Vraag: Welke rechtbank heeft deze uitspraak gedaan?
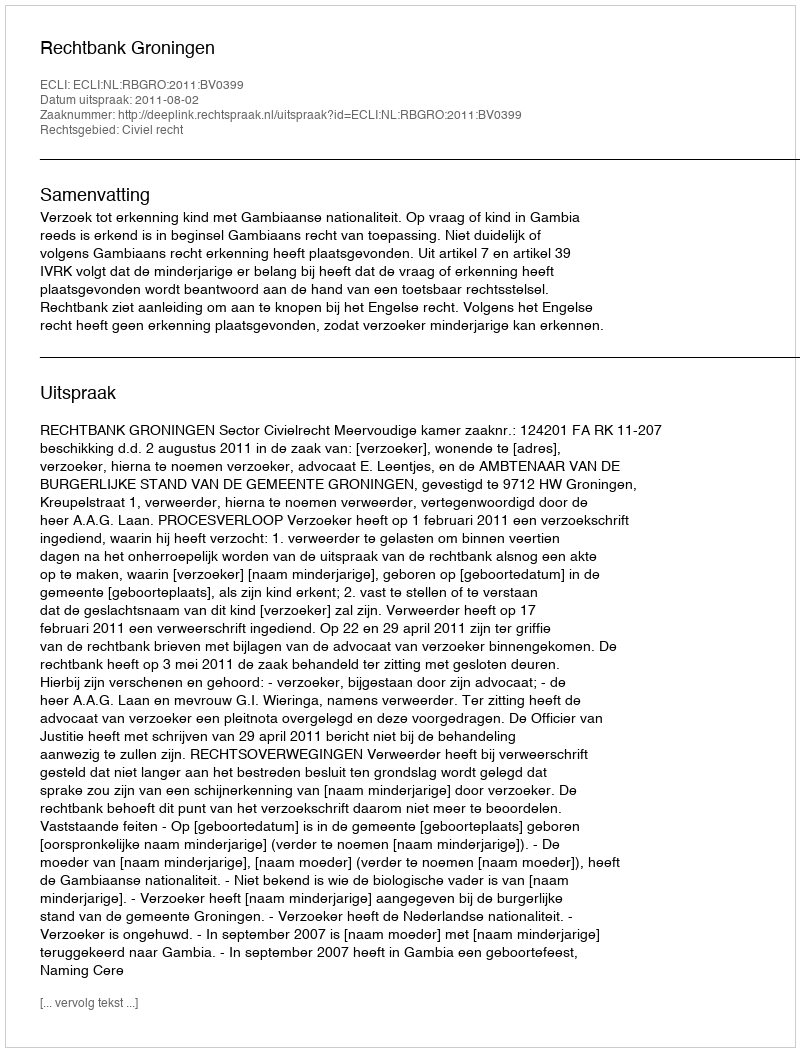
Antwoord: Rechtbank Groningen